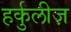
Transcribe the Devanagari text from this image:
हर्कुलीज़